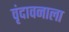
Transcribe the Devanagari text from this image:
वृंदावनाला